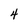
Character: 4